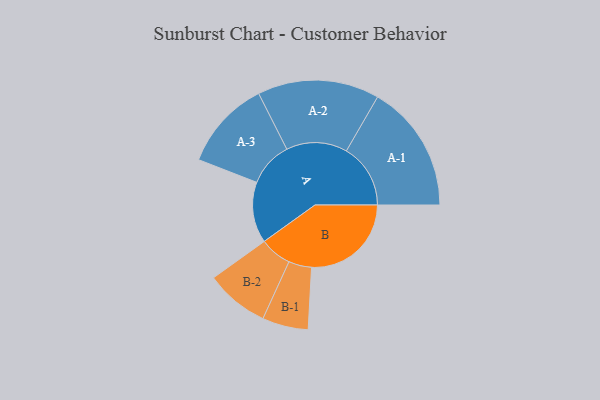
{"axis": {"x": "Segment", "y": "Value"}, "legend": ["", "A", "B"], "data": [{"x": "A", "y": 281, "type": ""}, {"x": "B", "y": 460, "type": ""}, {"x": "A-1", "y": 296, "type": "A"}, {"x": "A-2", "y": 281, "type": "A"}, {"x": "A-3", "y": 207, "type": "A"}, {"x": "B-1", "y": 106, "type": "B"}, {"x": "B-2", "y": 147, "type": "B"}]}